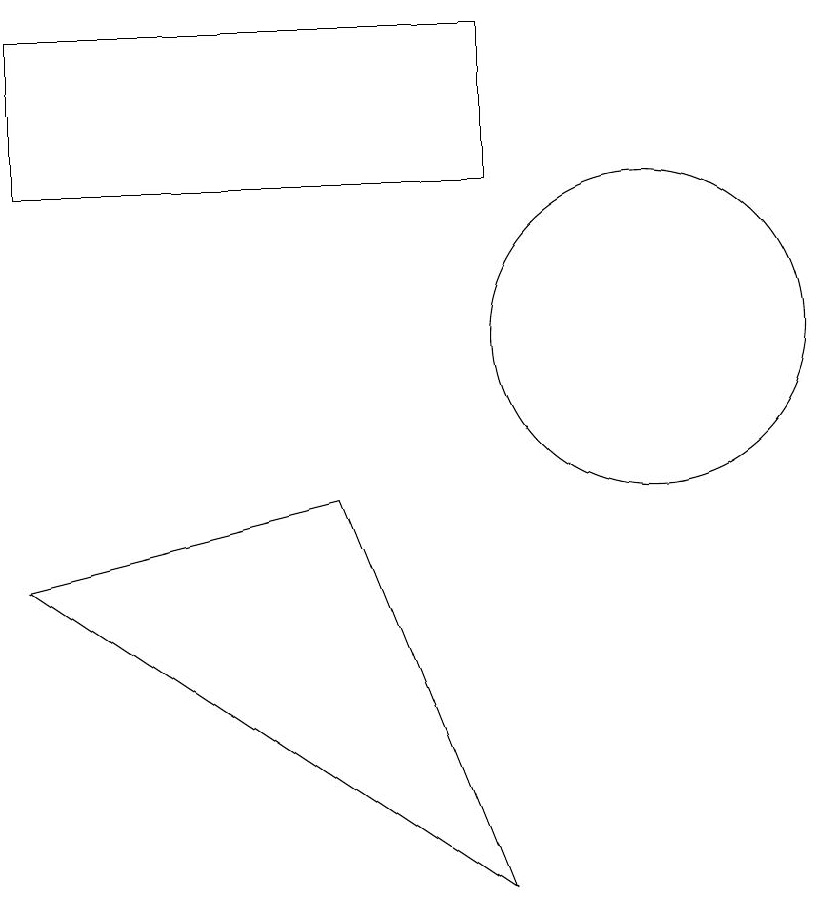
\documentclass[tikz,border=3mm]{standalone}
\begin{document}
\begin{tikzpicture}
\draw (10,10) circle (2);
\draw (8,14) rectangle (2,12);
\draw (6,8) -- (8,3) -- (2,7) -- cycle;
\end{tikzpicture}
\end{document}